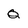
Character: q